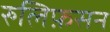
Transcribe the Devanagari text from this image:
रुलिफ़सन